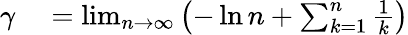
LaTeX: \begin{array}{rl}{\gamma}&{{}=\operatorname*{lim}_{n\to\infty}\left(-\ln n+\sum_{k=1}^{n}{\frac{1}{k}}\right)}\end{array}